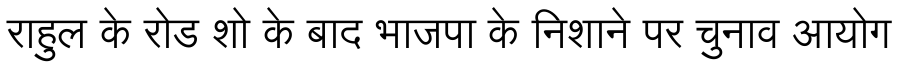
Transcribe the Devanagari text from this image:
राहुल के रोड शो के बाद भाजपा के निशाने पर चुनाव आयोग